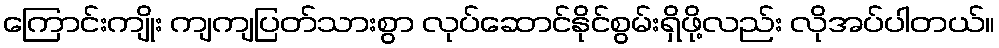
ကြောင်းကျိုး ကျကျပြတ်သားစွာ လုပ်ဆောင်နိုင်စွမ်းရှိဖို့လည်း လိုအပ်ပါတယ်။